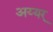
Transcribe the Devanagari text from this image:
अय्यर्